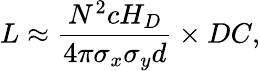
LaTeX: L\approx\frac{N^{2}cH_{D}}{4\pi\sigma_{x}\sigma_{y}d}\times DC,